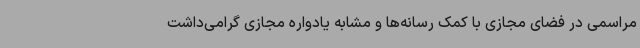
مراسمی در فضای مجازی با کمک رسانه‌ها و مشابه یادواره مجازی گرامی‌داشت